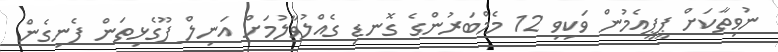
ނުވިތާކަށް ޕީޕީއެމުން ވަކިވި 12 މެމްބަރުންގެ ގޮނޑި ގެއްލުވާލުމަށް އަނިލް ފޫގެޅިތަން ފެނިގެން